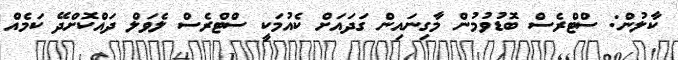
ކާލުން: ސްޓްރެސް ބޮޑުވުމުން މާގިނައިން ގަދައަށް ކެއުމަކީ ސްޓްރެސް ލެވަލް ދައްކޮށްދޭ ކަމެއް